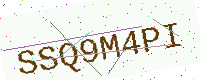
Text: SSQ9M4PI